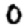
Digit: 0